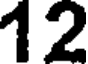
12